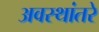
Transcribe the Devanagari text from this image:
अवस्थांतरे